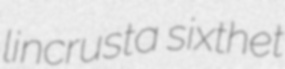
lincrusta sixthet